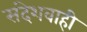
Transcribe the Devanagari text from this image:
संदेशवाही